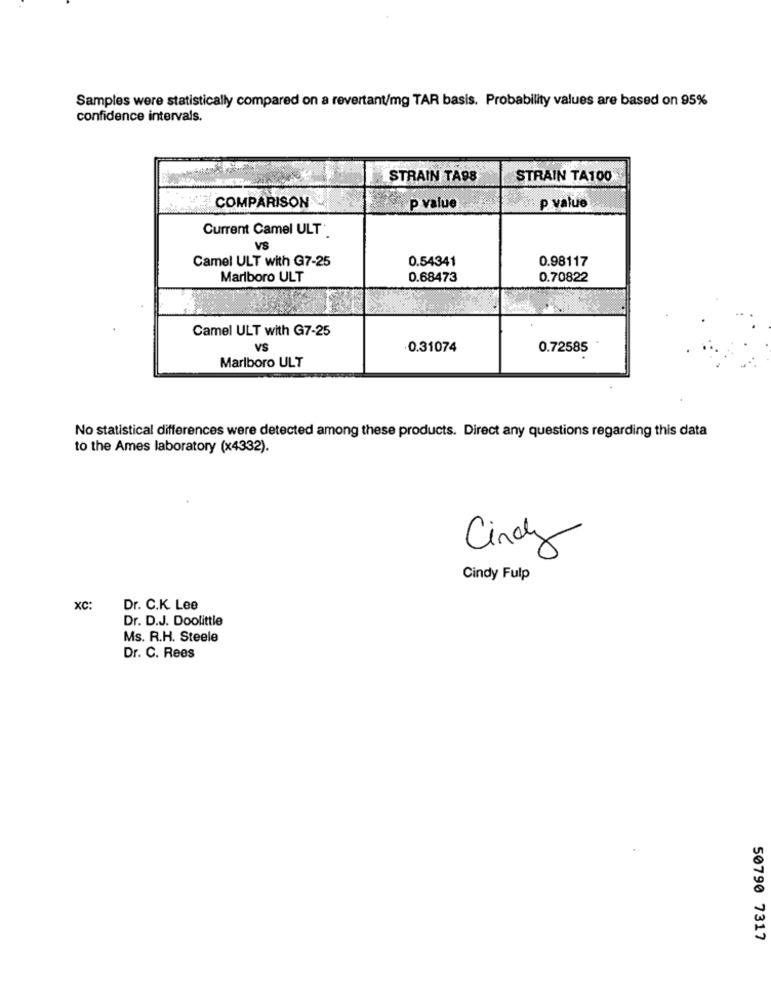
Samples were statistically compared on a revertant/mg TAR basis. Probability values are based on 95%
confidence intervals.
STRAIN TA98
STRAIN TA100
COMPARISON
P value
p value
Current Camel ULT '.
VS
Camel ULT with G7-25
0.54341
0.98117
Marlboro ULT
0.68473
0.70822
Camel ULT with G7-25
VS
·0.31074
0.72585
Marlboro ULT
No statistical differences were detected among these products. Direct any questions regarding this data
to the Ames laboratory (x4332).
Cindy
Cindy Fulp
xc:
Dr. C.K. Lee
Dr. D.J. Doolittle
Ms. R.H. Steele
Dr. C. Rees
50790 7317